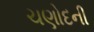
ચણોદની